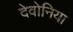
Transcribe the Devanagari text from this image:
देवोनिया